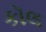
કૉલ